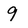
Character: 9